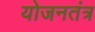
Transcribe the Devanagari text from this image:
योजनतंत्र